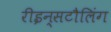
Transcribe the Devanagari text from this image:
रीइन्सटौलिंग